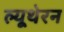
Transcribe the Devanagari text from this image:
ल्यूथेरन